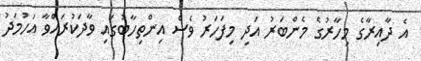
އެ ދާއިރާގެ މިހާރުގެ މެންބަރު އަދި މިފަހަރު ވެސް އިންތިހާބުގައި ވާދަކުރައްވާ އަހުމަދު